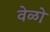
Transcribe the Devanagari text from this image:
वेळो